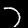
Digit: 7